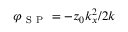
\varphi _ { \mathrm { ~ S ~ P ~ } } = - z _ { 0 } k _ { x } ^ { 2 } / 2 k